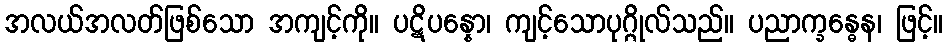
အလယ်အလတ်ဖြစ်သော အကျင့်ကို။ ပဋိပန္နော၊ ကျင့်သောပုဂ္ဂိုလ်သည်။ ပညာက္ခန္ဓေန၊ ဖြင့်။